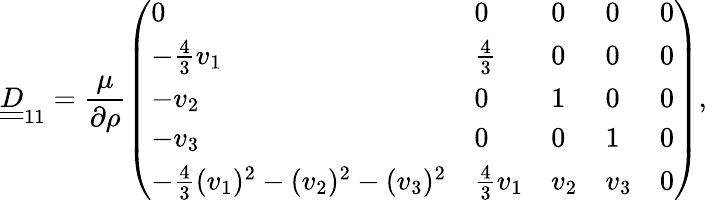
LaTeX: \underline{{\underline{{D}}}}_{11}=\frac{\mu}{\partial\rho}\left(\begin{array}{lllll}{0}&{0}&{0}&{0}&{0}\\ {-\frac{4}{3}v_{1}}&{\frac{4}{3}}&{0}&{0}&{0}\\ {-v_{2}}&{0}&{1}&{0}&{0}\\ {-v_{3}}&{0}&{0}&{1}&{0}\\ {-\frac{4}{3}(v_{1})^{2}-(v_{2})^{2}-(v_{3})^{2}}&{\frac{4}{3}v_{1}}&{v_{2}}&{v_{3}}&{0}\end{array}\right),